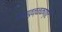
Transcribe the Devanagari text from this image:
पिलावुळ्ळकण्टि